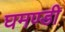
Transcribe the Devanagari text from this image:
घमण्‍डी